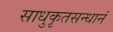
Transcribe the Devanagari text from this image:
साधुकृतसन्धानं